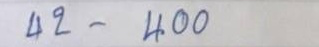
42 - 400